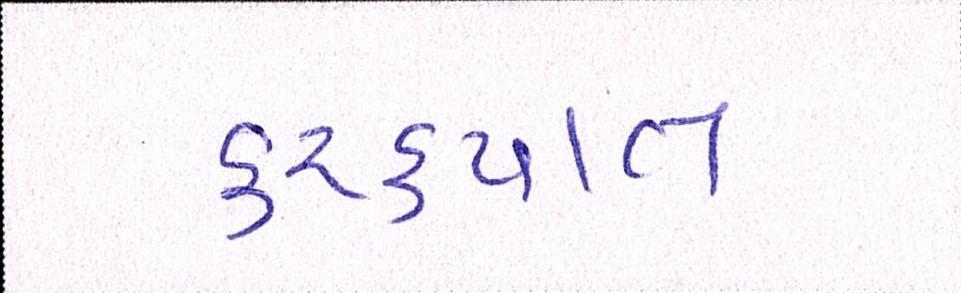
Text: કરકપાત